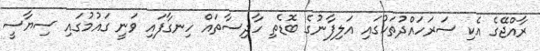
ރާއްޖޭގެ އެކި ސަރަހައްދުތަކުގައި އަލިފާނުގެ ބޮޑެތި ހާދިސާތައް ހިނގާފައި ވަނީ ގައުމުގައި ސިޔާސީ